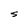
Character: S